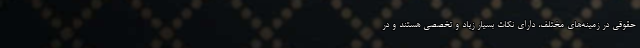
حقوقی در زمینه‌های مختلف، دارای نکات بسیار زیاد و تخصصی هستند و در